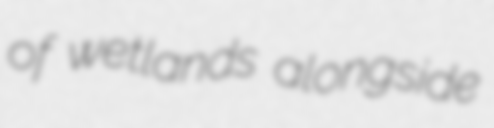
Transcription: of wetlands alongside